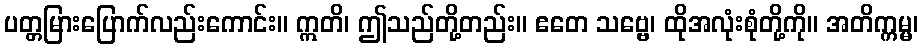
ပတ္တမြားပြောက်လည်းကောင်း။ ဣတိ၊ ဤသည်တို့တည်း။ ဧတေ သဗ္ဗေ၊ ထိုအလုံးစုံတို့ကို။ အတိက္ကမ္မ၊